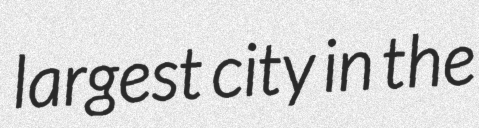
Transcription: largest city in the